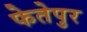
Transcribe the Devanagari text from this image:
फेतेपुर